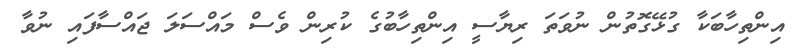
އިންތިހާބަކާ ގުޅޭގޮތުން ނުވަތަ ރިޔާސީ އިންތިހާބުގެ ކުރިން ވެސް މައްސަލަ ޖައްސާފައި ނުވާ